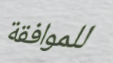
للموافقة